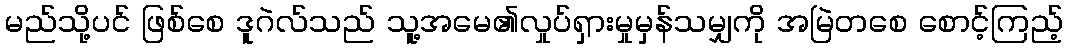
မည်သို့ပင် ဖြစ်စေ ဒူဂဲလ်သည် သူ့အမေ၏လှုပ်ရှားမှုမှန်သမျှကို အမြဲတစေ စောင့်ကြည့်